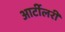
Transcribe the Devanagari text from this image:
आर्टीलरी